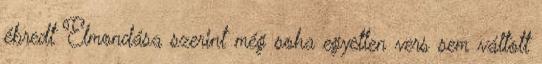
ébredt Elmondása szerint még soha egyetlen vers sem váltott